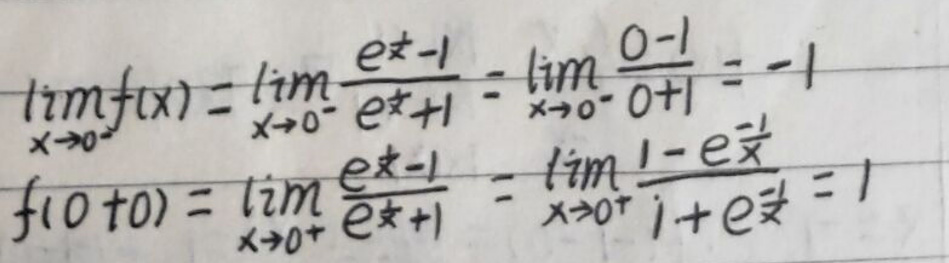
\[
\lim_{x \to 0^-} f(x)=\lim_{x \to 0^-} \frac{e^x - 1}{e^x + 1}=\lim_{x \to 0^-} \frac{0 - 1}{0 + 1}=-1
\]

\[
f(0 + 0)=\lim_{x \to 0^+} \frac{e^x - 1}{e^x + 1}=\lim_{x \to 0^+} \frac{1 - e^{\frac{1}{x}}}{1 + e^{\frac{1}{x}}}=1
\]